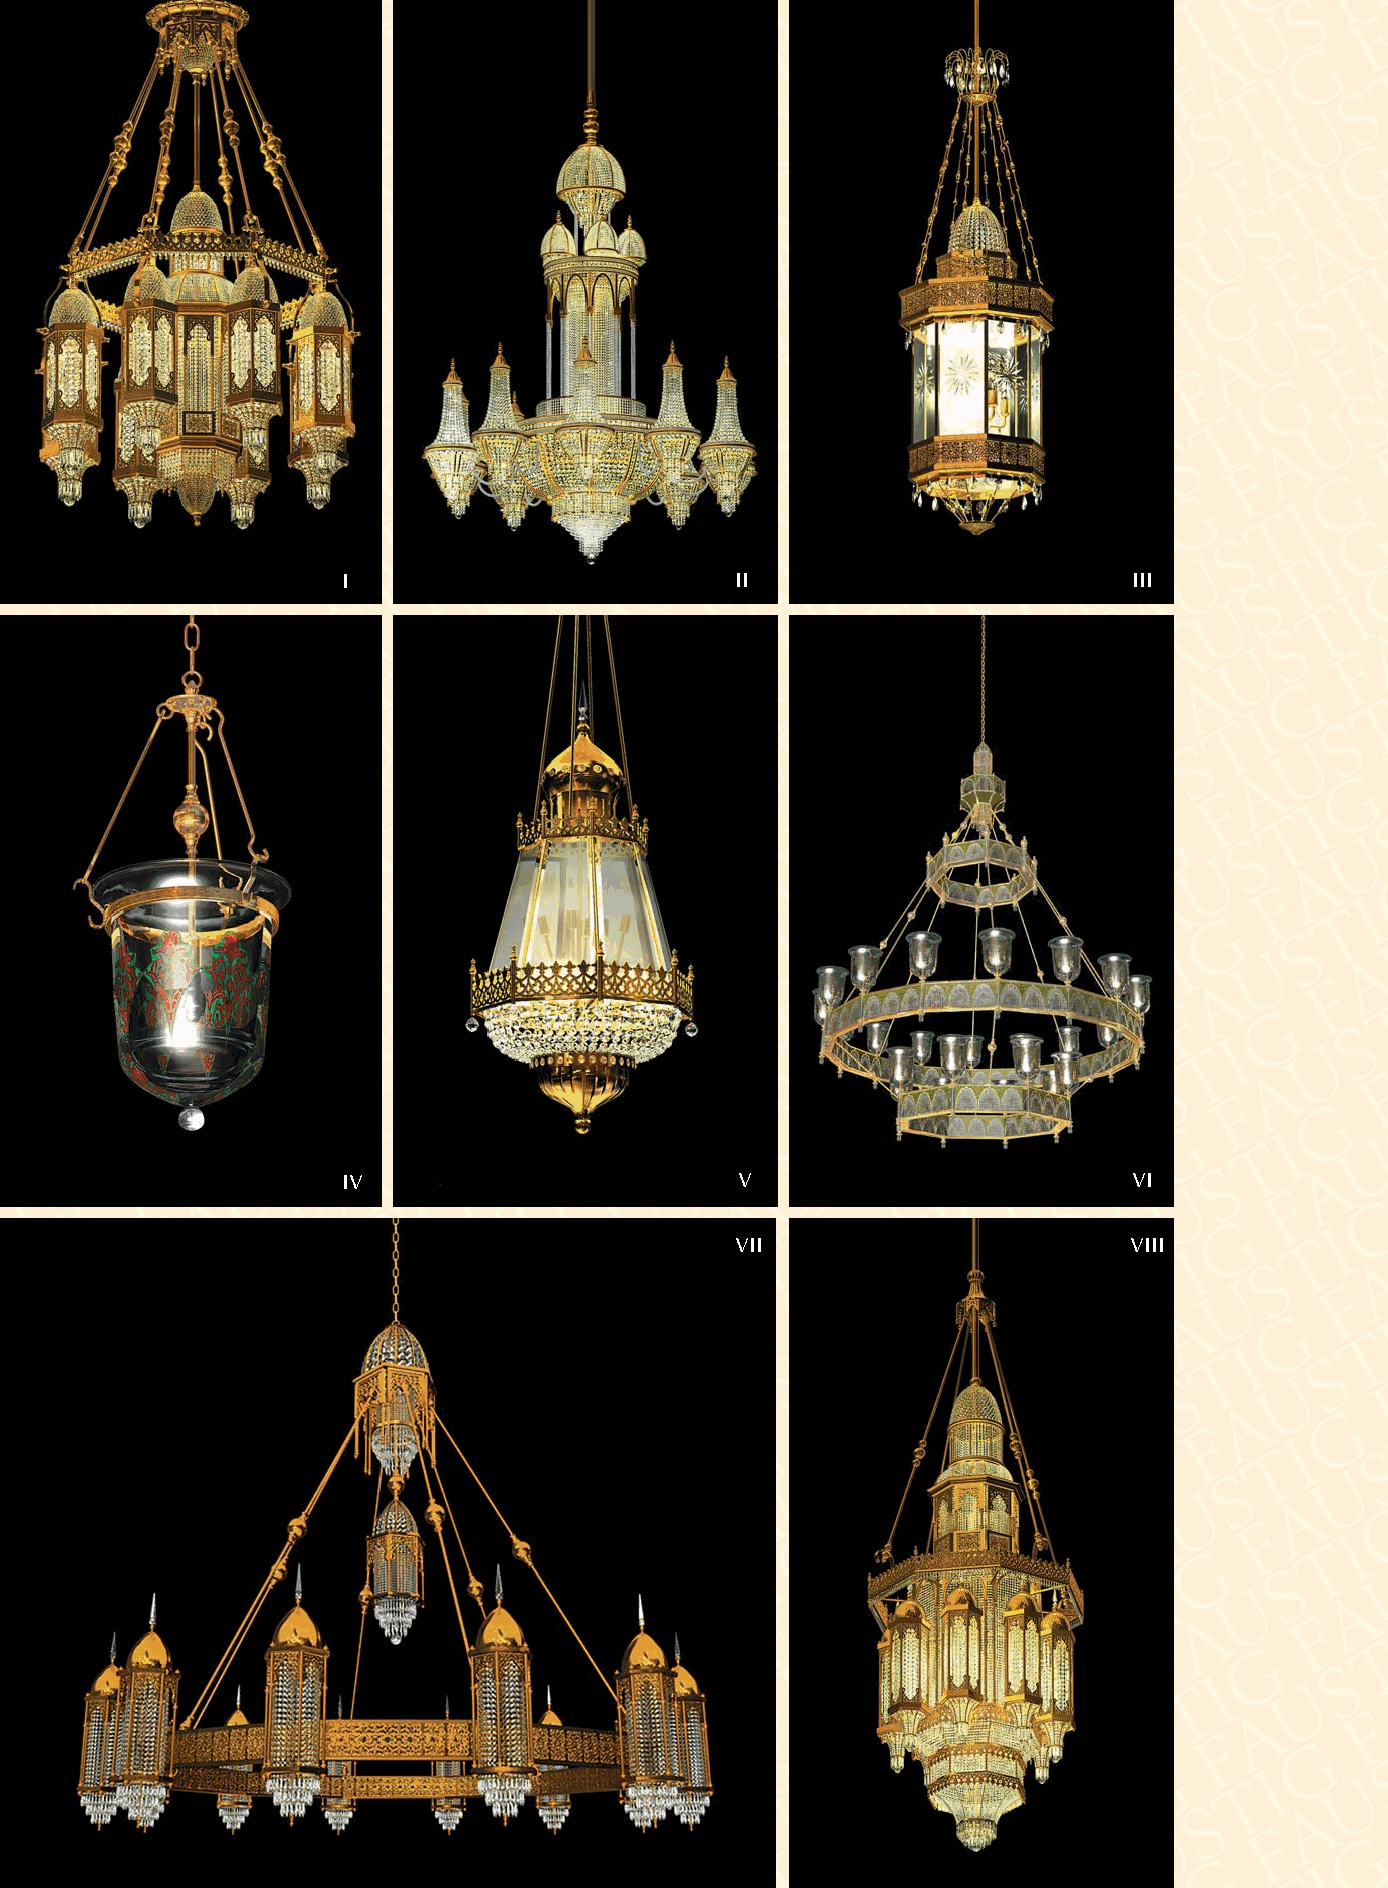
I                         II                        III
 IV                        V                         VI
 VII                       VIII
 28